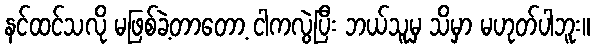
နင်ထင်သလို မဖြစ်ခဲ့တာတော့ ငါကလွဲပြီး ဘယ်သူမှ သိမှာ မဟုတ်ပါဘူး။